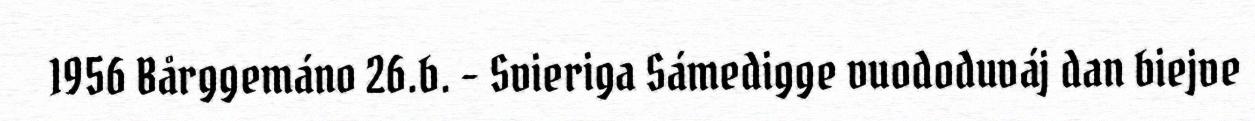
1956 Bårggemáno 26.b. - Svieriga Sámedigge vuododuváj dan biejve